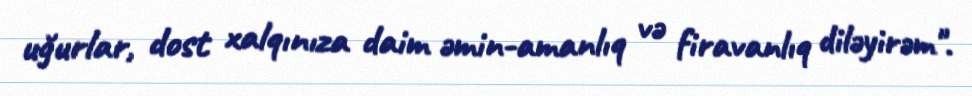
uğurlar, dost xalqınıza daim əmin-amanlıq və firavanlıq diləyirəm".